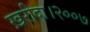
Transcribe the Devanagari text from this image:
ख़रीदा।२००७